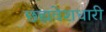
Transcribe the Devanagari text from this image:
छह्मवेशधारी